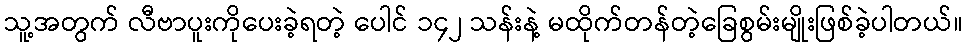
သူ့အတွက် လီဗာပူးကိုပေးခဲ့ရတဲ့ ပေါင် ၁၄၂ သန်းနဲ့ မထိုက်တန်တဲ့ခြေစွမ်းမျိုးဖြစ်ခဲ့ပါတယ်။